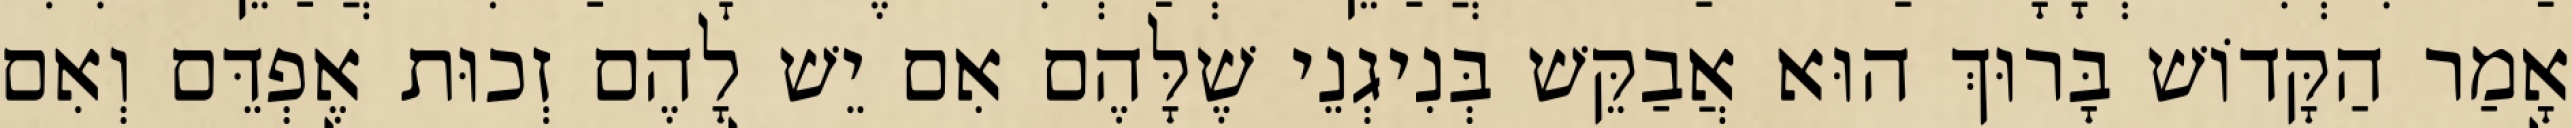
אָמַר הַקָּדוֹשׁ בָּרוּךְ הוּא אֲבַקֵּשׁ בְּנִיגְנֵי שֶׁלָּהֶם אִם יֵשׁ לָהֶם זְכוּת אֶפְדֵּם וְאִם